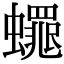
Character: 𮕋